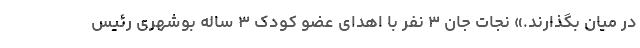
در میان بگذارند.» نجات جان ۳ نفر با اهدای عضو کودک ۳ ساله بوشهری رئیس